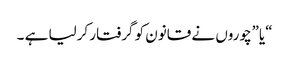
“یا”چوروں نے قانون کو گرفتار کرلیا ہے ۔